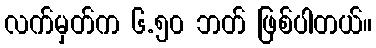
လက်မှတ်က ၆.၅၀ ဘတ် ဖြစ်ပါတယ်။